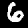
Digit: 6